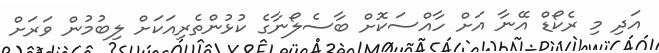
އަދި މި ރެކޯޑް އޭނާ އަށް ހާއްސަކޮށް ބާސެލޯނާގެ ކުޅުންތެރިއަކަށް ލިބުމުން ވަރަށް